Scottish Leaving Certificate Examination, 1959
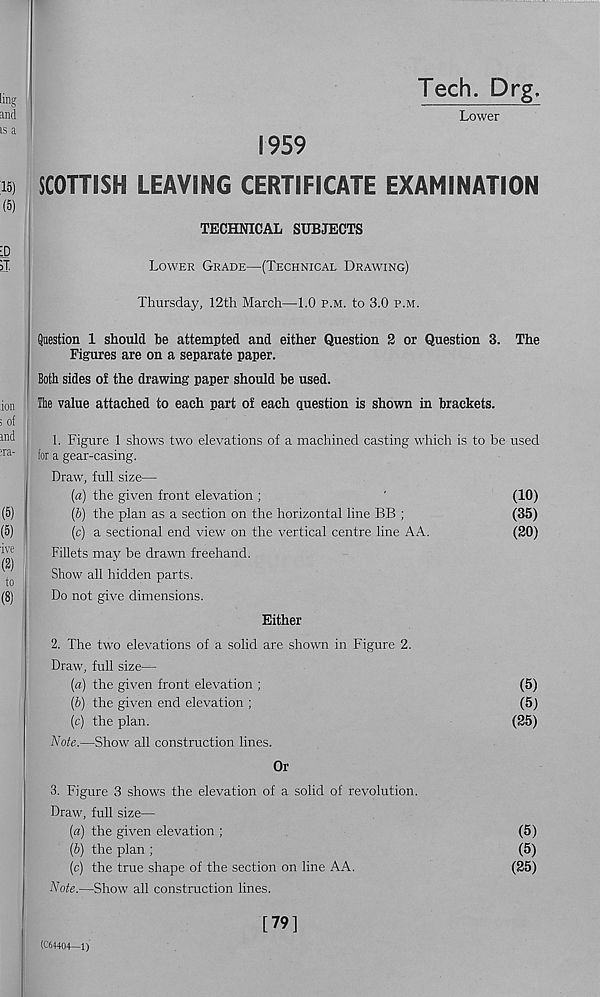
Tech. Drg
Lower
1959
SCOTTISH LEAVING CERTIFICATE EXAMINATION
TECHNICAL SUBJECTS
Lower Grade—(Technical Drawing)
Thursday, 12th March—1.0 p.m. to 3.0 p.m.
Question 1 should be attempted and either Question 2 or Question 3. The
Figures are on a separate paper.
Both sides of the drawing paper should be used.
The value attached to each part of each question is shown in brackets.
1. Figure 1 shows two elevations of a machined casting which is to be used
for a gear-casing.
Draw, full size—
(a) the given front elevation ;
'
(10)
(b) the plan as a section on the horizontal line BB ;
(35)
(c) a sectional end view on the vertical centre line AA.
(20)
Fillets may be drawn freehand.
Show all hidden parts.
Do not give dimensions.
Either
2. The two elevations of a solid are shown in Figure 2.
Draw, full size—
(a) the given front elevation ;
(b) the given end elevation ;
(c) the plan.
(5)
(5)
(25)
Note.—Show all construction lines.
Or
3. Figure 3 shows the elevation of a solid of revolution.
Draw, full size—
(a) the given elevation ;
(b) the plan ;
(c) the true shape of the section on line A A.
(5)
(5)
(25)
Note.—Show all construction lines.
(C64404—1)
[79]